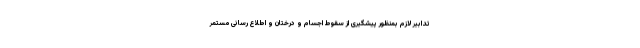
تدابیر لازم بمنظور پیشگیری از سقوط اجسام و درختان و اطلاع رسانی مستمر